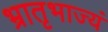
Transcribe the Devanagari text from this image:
भ्रातृभाज्यं